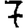
Digit: 7